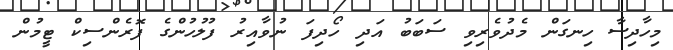
މިހާދިސާ ހިނގަން މެދުވެރިވި ސަބަބު އަދި ހޯދިފަ ނުވާއިރު ފުލުހުންގެ ފޮރެންސިކް ޓީމުން